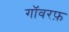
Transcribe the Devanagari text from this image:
गॉवरफ़